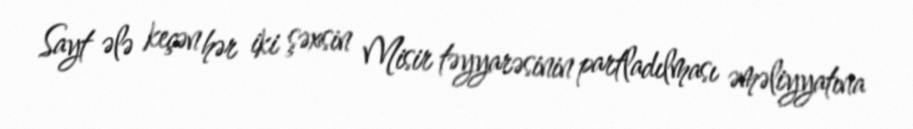
Sayt ələ keçən hər iki şəxsin Misir təyyarəsinin partladılması əməliyyatına